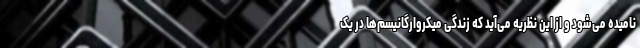
نامیده می‌شود و از این نظریه می‌آید که زندگی میکروارگانیسم‌ها در یک